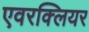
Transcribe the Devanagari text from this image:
एवरक्लियर